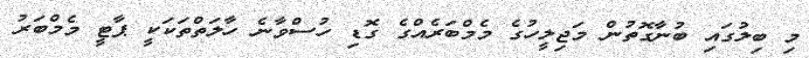
މި ބިލުގައި ބުނާގޮތުން މަޖިލީހުގެ މެމްބަރެއްގެ ގޮޑި ހުސްވާނެ ހާލަތްތަކަކީ ޕާޓީ މެމްބަރު